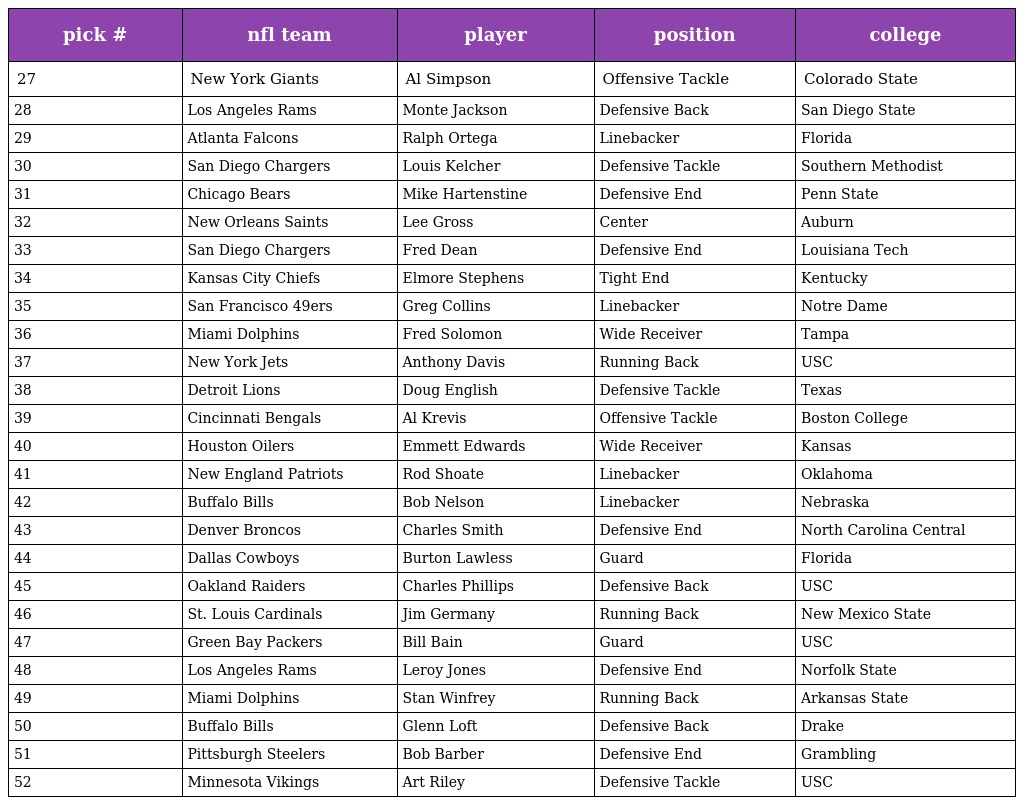
| pick # | nfl team | player | position | college |
 | --- | --- | --- | --- | --- |
 | 27 | New York Giants | Al Simpson | Offensive Tackle | Colorado State |
 | 28 | Los Angeles Rams | Monte Jackson | Defensive Back | San Diego State |
 | 29 | Atlanta Falcons | Ralph Ortega | Linebacker | Florida |
 | 30 | San Diego Chargers | Louis Kelcher | Defensive Tackle | Southern Methodist |
 | 31 | Chicago Bears | Mike Hartenstine | Defensive End | Penn State |
 | 32 | New Orleans Saints | Lee Gross | Center | Auburn |
 | 33 | San Diego Chargers | Fred Dean | Defensive End | Louisiana Tech |
 | 34 | Kansas City Chiefs | Elmore Stephens | Tight End | Kentucky |
 | 35 | San Francisco 49ers | Greg Collins | Linebacker | Notre Dame |
 | 36 | Miami Dolphins | Fred Solomon | Wide Receiver | Tampa |
 | 37 | New York Jets | Anthony Davis | Running Back | USC |
 | 38 | Detroit Lions | Doug English | Defensive Tackle | Texas |
 | 39 | Cincinnati Bengals | Al Krevis | Offensive Tackle | Boston College |
 | 40 | Houston Oilers | Emmett Edwards | Wide Receiver | Kansas |
 | 41 | New England Patriots | Rod Shoate | Linebacker | Oklahoma |
 | 42 | Buffalo Bills | Bob Nelson | Linebacker | Nebraska |
 | 43 | Denver Broncos | Charles Smith | Defensive End | North Carolina Central |
 | 44 | Dallas Cowboys | Burton Lawless | Guard | Florida |
 | 45 | Oakland Raiders | Charles Phillips | Defensive Back | USC |
 | 46 | St. Louis Cardinals | Jim Germany | Running Back | New Mexico State |
 | 47 | Green Bay Packers | Bill Bain | Guard | USC |
 | 48 | Los Angeles Rams | Leroy Jones | Defensive End | Norfolk State |
 | 49 | Miami Dolphins | Stan Winfrey | Running Back | Arkansas State |
 | 50 | Buffalo Bills | Glenn Loft | Defensive Back | Drake |
 | 51 | Pittsburgh Steelers | Bob Barber | Defensive End | Grambling |
 | 52 | Minnesota Vikings | Art Riley | Defensive Tackle | USC |